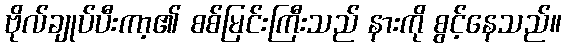
ဗိုလ်ချုပ်ပီးကာ့၏ စစ်မြင်းကြီးသည် နားကို စွင့်နေသည်။